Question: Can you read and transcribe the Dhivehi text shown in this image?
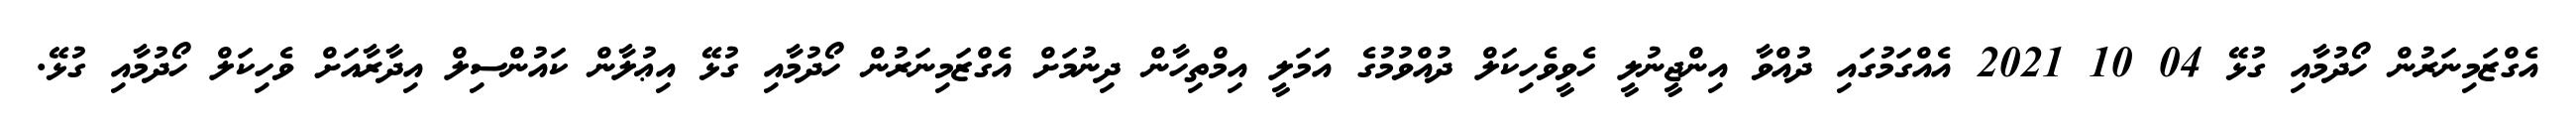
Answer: އެގްޒަމިނަރުން ހޯދުމާއި ގުޅޭ 04 10 2021 އެއްގަމުގައި ދުއްވާ އިންޖީނުލީ ހެވީވެހިކަލް ދުއްވުމުގެ އަމަލީ އިމްތިހާން ދިނުމަށް އެގްޒަމިނަރުން ހޯދުމާއި ގުޅޭ އިޢުލާން ކައުންސިލް އިދާރާއަށް ވެހިކަލް ހޯދުމާއި ގުޅޭ.